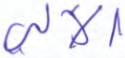
الآلي